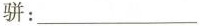
骈：___